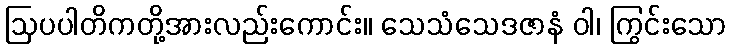
ဩပပါတိကတို့အားလည်းကောင်း။ သေသံသေဒဇာနံ ဝါ၊ ကြွင်းသော